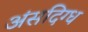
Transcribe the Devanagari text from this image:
अंसदिग्ध